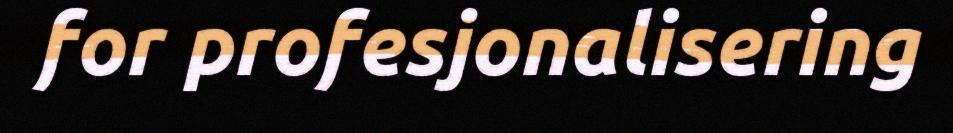
for profesjonalisering